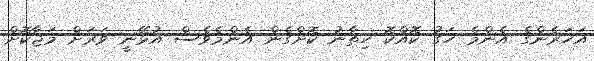
އަހަރެންގެ އެންމެ ހަގު ކޮއްކޮ ހިތާނު ކޮށްގެން އެންމެވެސް އުޅޭނީ ވަރަށް މަޖާކޮށް